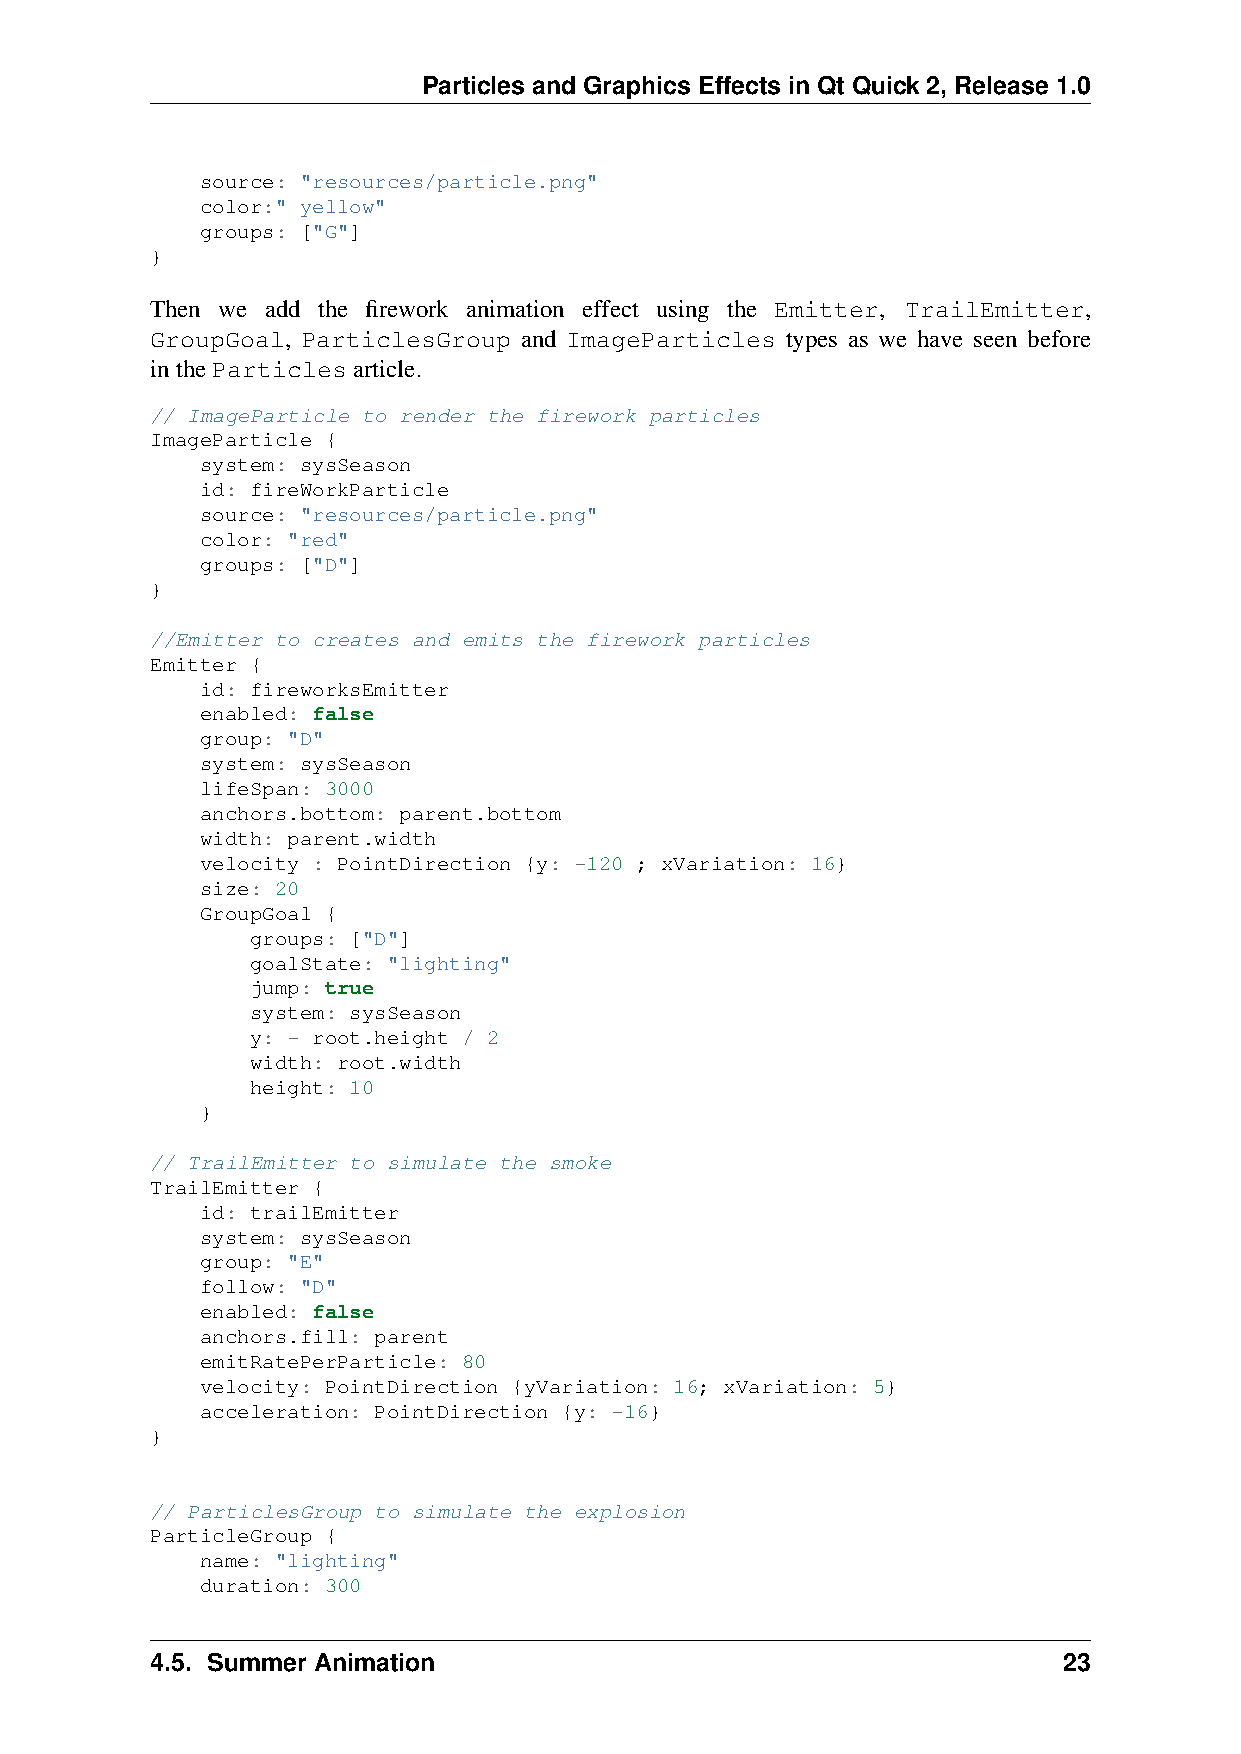
Particles and Graphics Effects in Qt Quick 2, Release 1.0
 source: "resources/particle.png"
 color:" yellow"
 groups: ["G"]
 }
 Then we add the firework animation effect using the Emitter, TrailEmitter,
 GroupGoal, ParticlesGroup and ImageParticles types as we have seen before
 intheParticlesarticle.
 // ImageParticle to render the firework particles
 ImageParticle {
 system: sysSeason
 id: fireWorkParticle
 source: "resources/particle.png"
 color: "red"
 groups: ["D"]
 }
 //Emitter to creates and emits the firework particles
 Emitter {
 id: fireworksEmitter
 enabled: false
 group: "D"
 system: sysSeason
 lifeSpan: 3000
 anchors.bottom: parent.bottom
 width: parent.width
 velocity : PointDirection {y: -120 ; xVariation: 16}
 size: 20
 GroupGoal {
 groups: ["D"]
 goalState: "lighting"
 jump: true
 system: sysSeason
 y: - root.height / 2
 width: root.width
 height: 10
 }
 // TrailEmitter to simulate the smoke
 TrailEmitter {
 id: trailEmitter
 system: sysSeason
 group: "E"
 follow: "D"
 enabled: false
 anchors.fill: parent
 emitRatePerParticle: 80
 velocity: PointDirection {yVariation: 16; xVariation: 5}
 acceleration: PointDirection {y: -16}
 }
 // ParticlesGroup to simulate the explosion
 ParticleGroup {
 name: "lighting"
 duration: 300
 4.5. Summer Animation                                       23